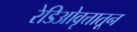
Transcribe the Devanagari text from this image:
रेडिओवृत्तातून